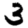
Digit: 3